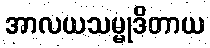
အာလယသမ္မုဒိတာယ